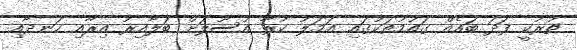
ތުރުކީ ފަދަ ބައެއް ގައުމުތަކުގައި އަމަލު ކުރާ އުސޫލަށް ބަލާއިރު އިރާއި ހަނދާއި